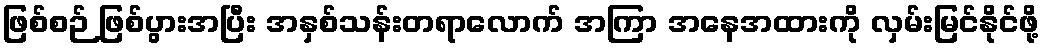
ဖြစ်စဉ် ဖြစ်ပွားအပြီး အနှစ်သန်းတရာလောက် အကြာ အနေအထားကို လှမ်းမြင်နိုင်ဖို့